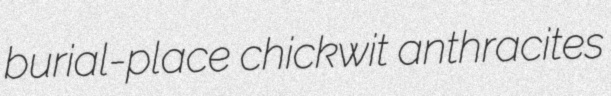
burial-place chickwit anthracites